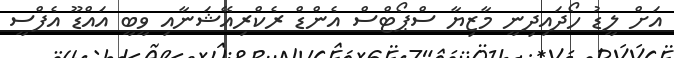
އަށް ލީޑު ހޯދައިދިނީ މާޒިޔާ ސްޕޯޓްސް އެންޑް ރެކްރިއޭޝަނާއި ވީބީ އައްޑޫ އެފްސީ